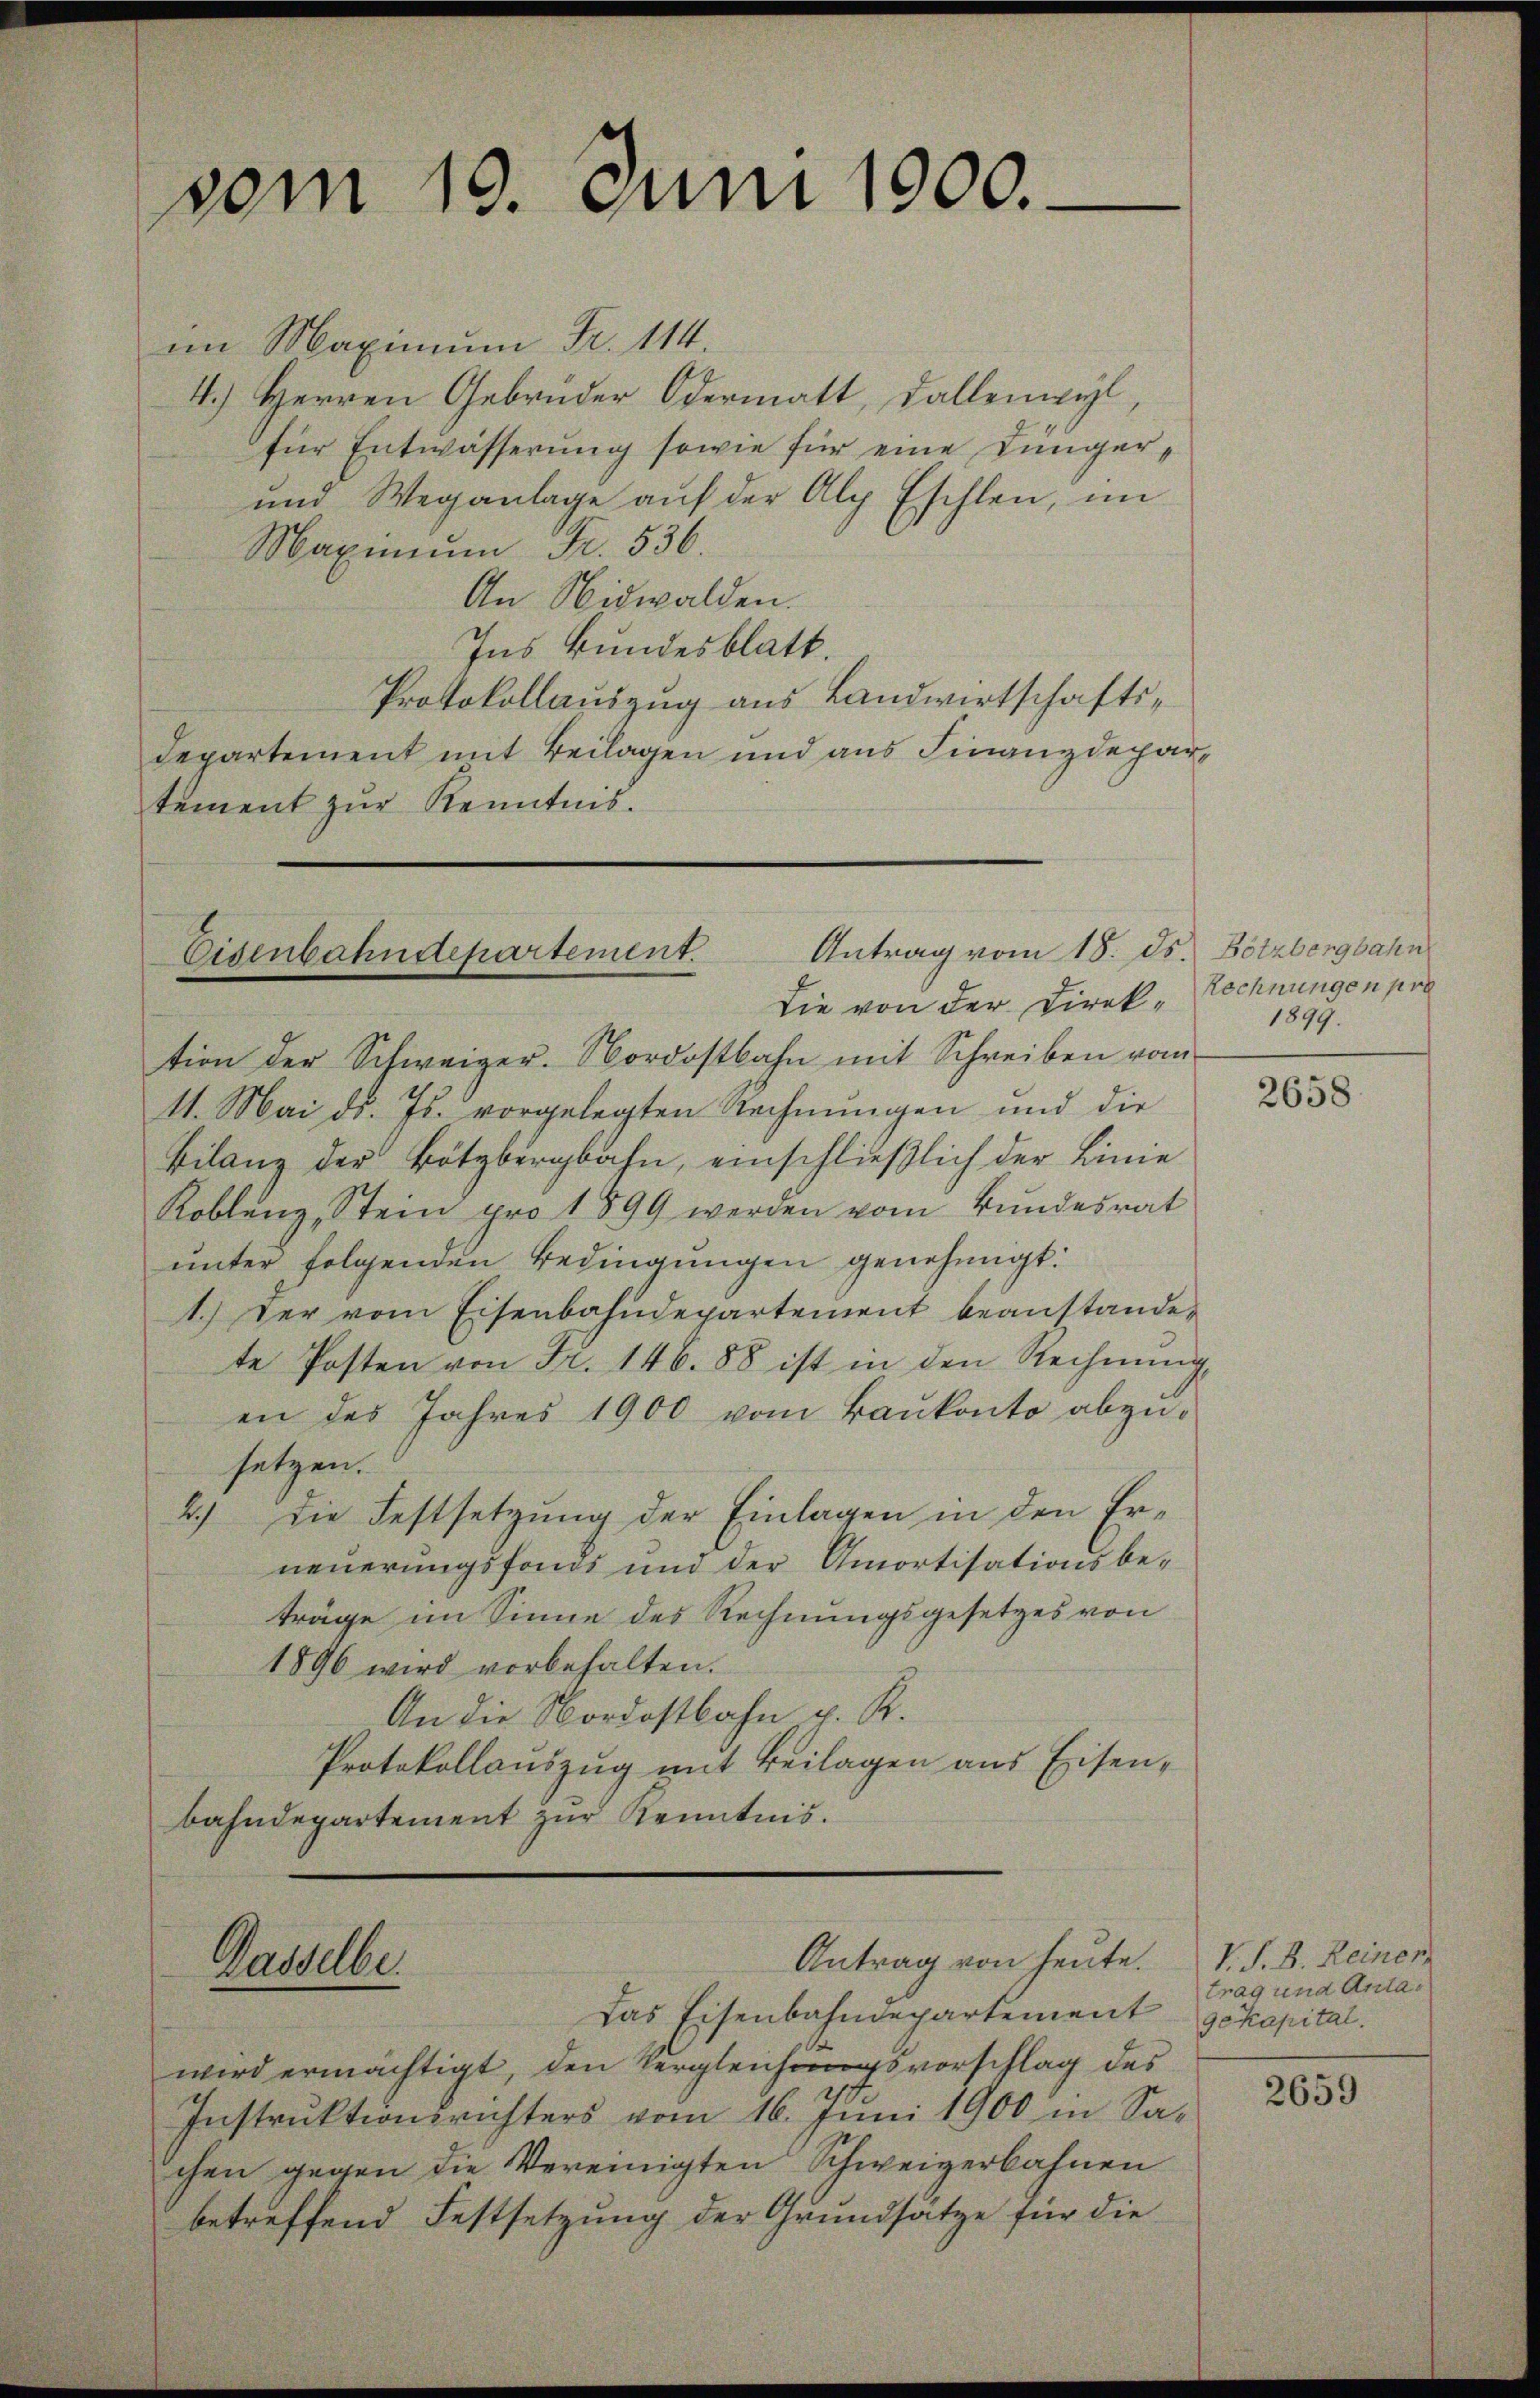
vom 19. Juni 1900.

im Maximum Fr. 114.
4.) Herren Gebrüder Odermatt, Fallenwyl,
für Entwässerung sowie für eine Jünger¬
und Weganlage auf der Alp Eschlen, im
Maximum Fr. 536.
An Nidwalden.
Ins Bundesblatt.
Protokollauszug aus Landwirtschafts¬
Departement mit Beilagen und aus Finanzdepartement zŭr Kenntnis.

Antrag vom 18. ds. Bötzbergbahn
Eisenbahndepartement.
Die von der Direk-Rechnungen pro

Gasselbe.

tion der Schweizer. Nordostbahn mit Schreiben vom
11. Mai d. Js. vorgelegten Rechnungen und die
Bilanz der Bötzbergbahn, einschließlich der Linie
Koblenz, Stein pro 1899 werden vom Bundesrat
unter folgenden Bedingungen genehmigt.
1.) Der vom Eisenbahndepartement beanstande,
te Posten von Fr. 146. 88 ist in den Rechnŭng
en des Jahres 1900 vom Baukonto abzu-
setzen.
2.) Die Festsetzung der Einlagen in den Erneuerungsfonds und der Amortisationsbeträge im Sinne des Rechnungsgesetzes von
1896 wird vorbehalten.
An die Nordostbahn p. R.
Protokollauszug mit Beilagen aus Eisenbahndepartement zur Kenntnis.

Antrag von heute.
Das Eisenbahndepartement gekapital.

wird ermächtigt, den Vergleichungsvorschlag des
Instruktionsrichters vom 16. Juni 1900 in Sa-
chen gegen die Vereinigten Schweizerbahnen
betreffend Festsetzung der Grundsätze für die

1899.

2658

V. S. B. Reiner,
trag und Anta¬

2659